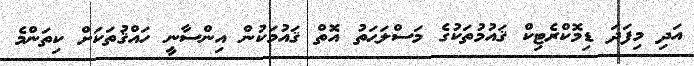
އަދި މިފަދަ ޑިމޮކްރެޓިކް ޤައުމުތަކުގެ މަސްލަޙަތު އޮތް ޤައުމަކުން އިންސާނީ ހައްޤުތަކަށް ކިތަންމެ